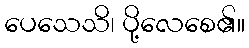
ပေသေသိ၊ ပို့လေစေ၏။